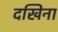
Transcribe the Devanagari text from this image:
दखिना